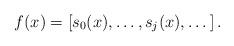
LaTeX: \begin{align*}f(x)=\left[s_0(x), \dots, s_j(x), \dots\right].\end{align*}